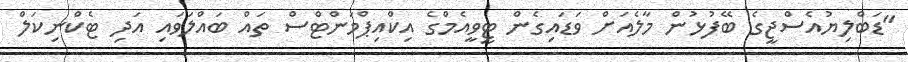
"ޑަބްލިޔުއެސްޖީގެ ބޭފުޅުން މާލެއަށް ވަޑައިގެން ޓީވީއެމްގެ އިކްއިޕްމަންޓްސް ތައް ބައްލަވައި އަދި ޓެކްނިކަލް